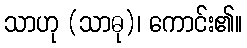
သာဟု (သာဓု)၊ ကောင်း၏။